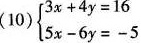
(10) $$\begin{cases} 3 x + 4 y = 1 6 \\ 5 x - 6 y = - 5 \end{cases}$$